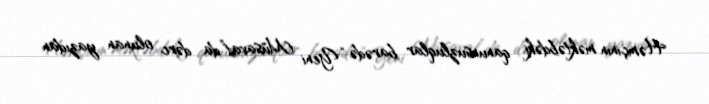
Həmçinin məktəbdəki qanunsuzluqlar barədə “Yeni Müsavat”da dərc olunan yazıdan